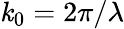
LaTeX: \mathit{k}_{0}=2\pi/\lambda